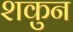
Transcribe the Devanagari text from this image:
शकुुन